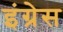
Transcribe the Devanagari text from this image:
इंग्रेस